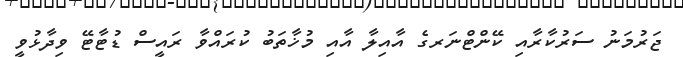
ޖަރުމަނު ސަރުކާރާއި ކޭންޓްނަރގެ އާއިލާ އާއި މުޚާތަބު ކުރައްވާ ރައީސް ޑުޓާޓޭ ވިދާޅުވީ